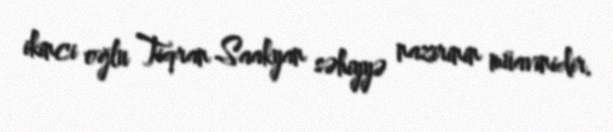
ikinci oğlu Tiqran Saakyan səhiyyə nazirinin müavinidir.